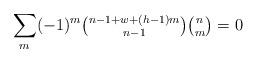
LaTeX: \begin{align*} \sum_{m} (-1)^{m} \tbinom{ n-1+w + (h-1) m }{n-1} \tbinom{n}{m}= 0 \end{align*}